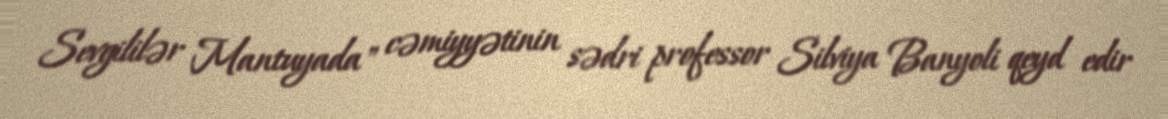
Sevgililər Mantuyada" cəmiyyətinin sədri professor Silviya Banyoli qeyd edir